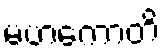
မဟကောတိ